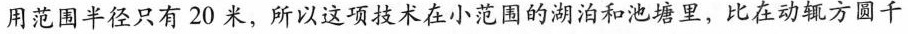
用范围半径只有20米，所以这项技术在小范围的湖泊和池塘里，比在动辄方圆千